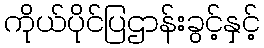
ကိုယ်ပိုင်ပြဌာန်းခွင့်နှင့်